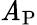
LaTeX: \mathit{A}_{\mathrm{{P}}}